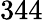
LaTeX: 344